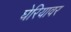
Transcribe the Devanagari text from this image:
घेरियावर